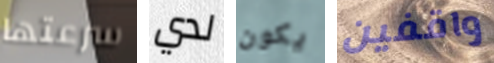
سرعتها لدي يكون واقفين